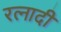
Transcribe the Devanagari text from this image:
रत्‍नादी